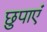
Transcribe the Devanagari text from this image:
छुपाएं